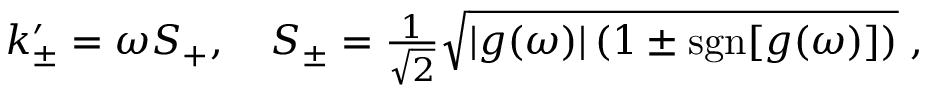
\begin{array} { r } { k _ { \pm } ^ { \prime } = \omega S _ { + } , \quad S _ { \pm } = \frac { 1 } { \sqrt { 2 } } \sqrt { | g ( \omega ) | \left( 1 \pm \mathrm { s g n } [ g ( \omega ) ] \right) } \; , } \end{array}